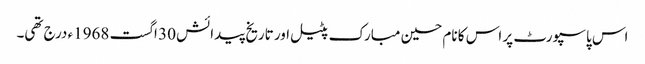
اس پاسپورٹ پر اس کا نام حسین مبارک پٹیل اور تاریخ پیدائش 30 اگست 1968ء درج تھی۔